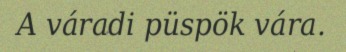
A váradi püspök vára.